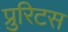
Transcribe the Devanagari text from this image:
प्रुरिटस